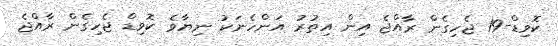
ކޮވިޑް-19 ޖެހިގެން ރާއްޖެ އިން އިތުރު އަންހެނަކު ނިޔާވެ ކޮވިޑް ޖެހިގެން ރާއްޖެ